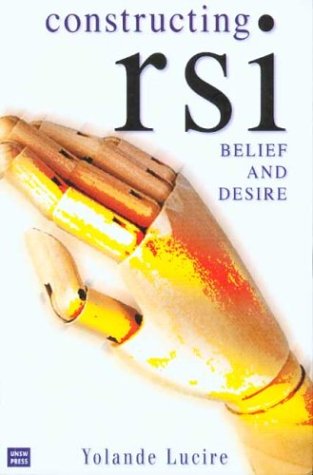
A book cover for Constructing RSI: Belief and Desire; Yolande Lucire; Health, Fitness & Dieting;